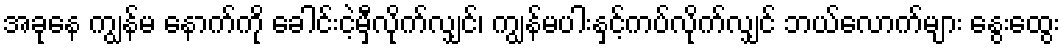
အခုနေ ကျွန်မ နောက်ကို ခေါင်းငဲ့မှီလိုက်လျှင်၊ ကျွန်မပါးနှင့်ကပ်လိုက်လျှင် ဘယ်လောက်များ နွေးထွေး